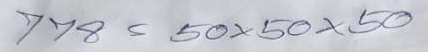
778 = 50x50x50